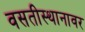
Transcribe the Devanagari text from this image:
वसतीस्थानावर